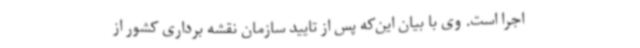
اجرا است. وی با بیان این‌که پس از تایید سازمان نقشه برداری کشور از